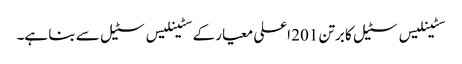
سٹینلیس سٹیل کا برتن 201 اعلی معیار کے سٹینلیس سٹیل سے بنا ہے۔